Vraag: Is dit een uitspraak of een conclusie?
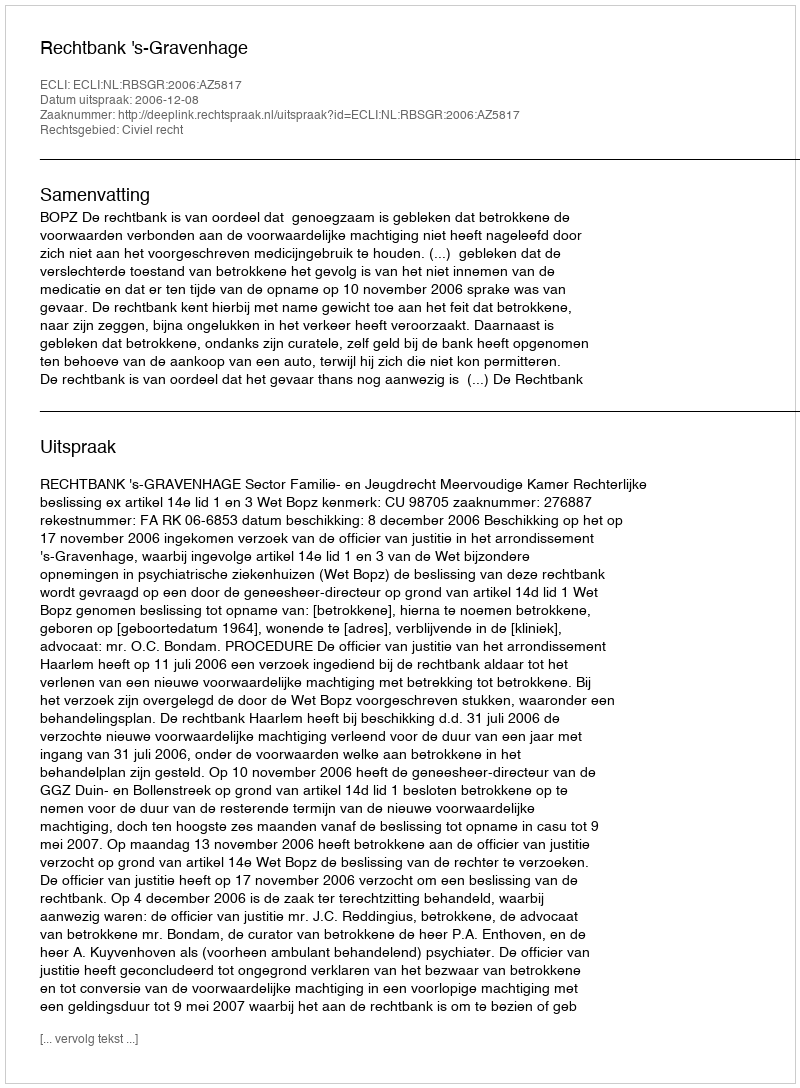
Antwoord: Uitspraak